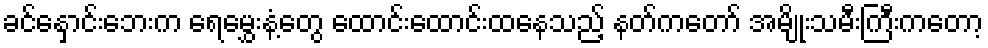
ခင်နှောင်းဘေးက ရေမွှေးနံ့တွေ ထောင်းထောင်းထနေသည့် နတ်ကတော် အမျိုးသမီးကြီးကတော့